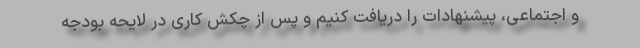
و اجتماعی، پیشنهادات را دریافت کنیم و پس از چکش کاری در لایحه بودجه